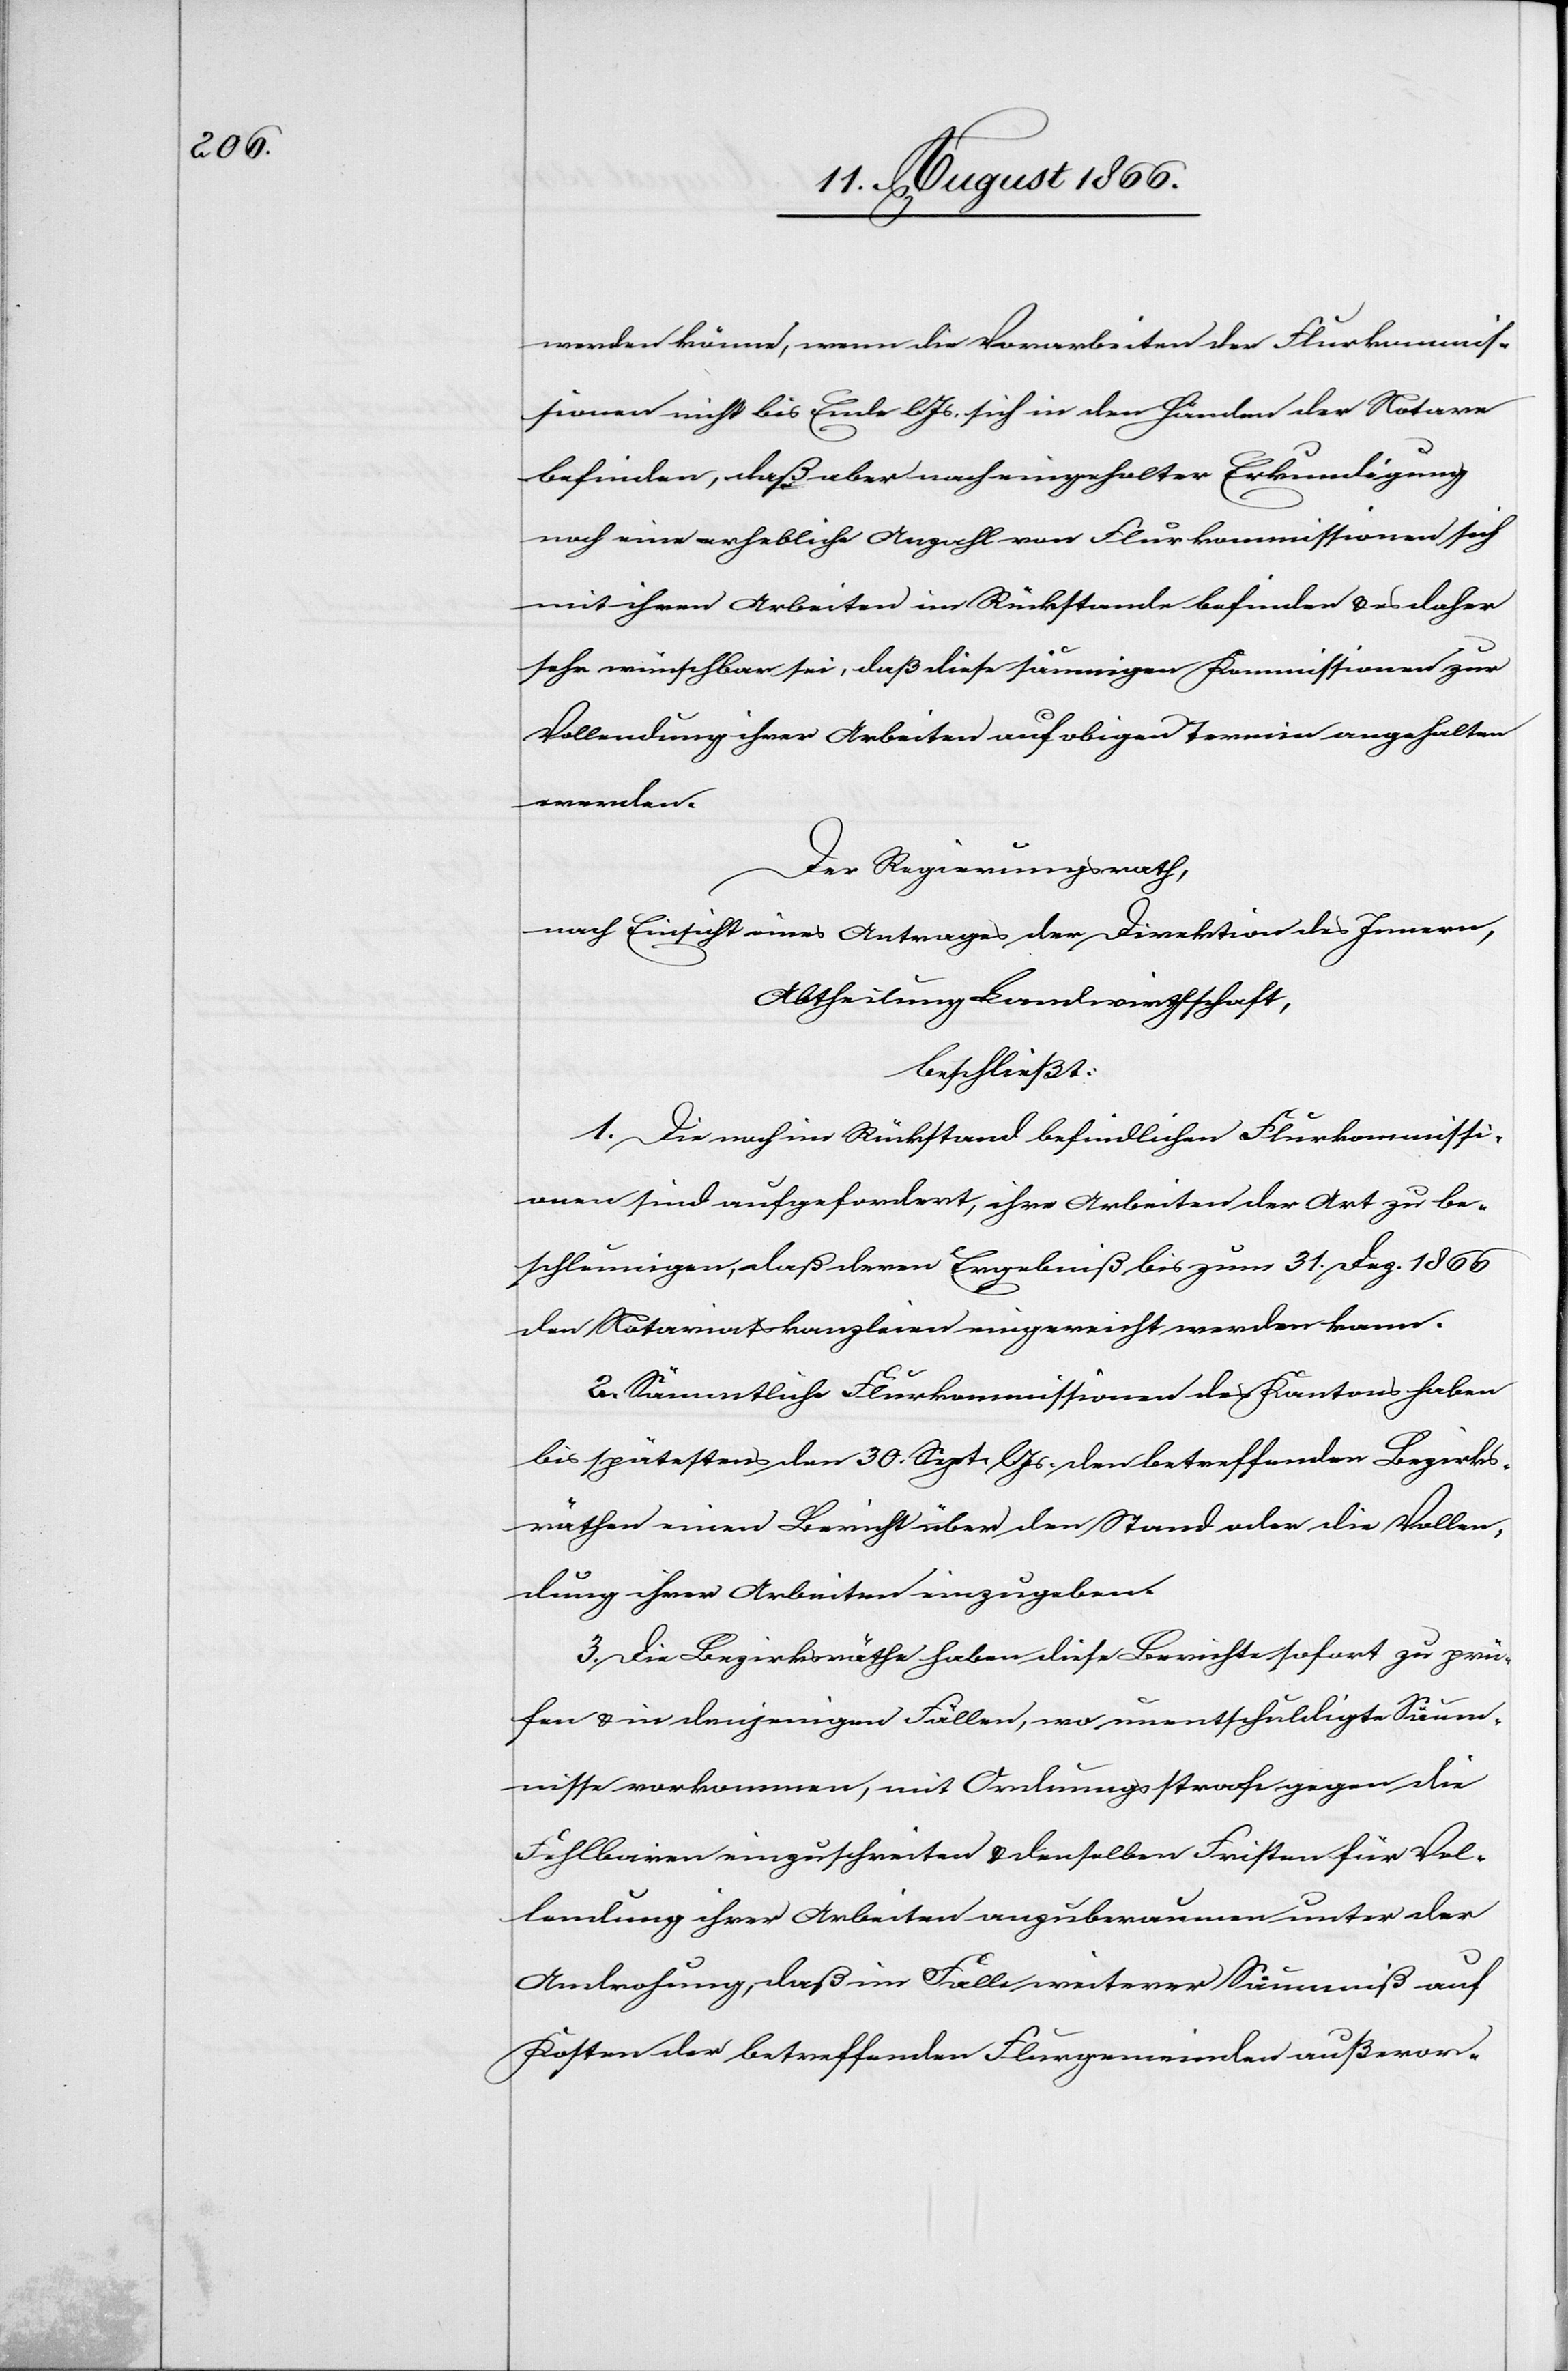
werden könne, wenn die Vorarbeiten der Flurkommis¬
sionen nicht bis Ende lJs. sich in den Händen der Notare
befinden, daß aber nach eingeholter Erkundigung
noch eine erhebliche Anzahl von Flurkommissionen sich
mit ihren Arbeiten im Rückstand befinden u. es daher
sehr wünschbar sei, daß diese säumigen Kommissionen zur
Vollendung ihrer Arbeiten auf obigen Termin angehalten
werden.
Der Regierungsrath,
nach Einsicht eines Antrages der Direktion des Innern,
Abtheilung Landwirthschaft,
beschließt:
1. Die noch im Rückstand befindlichen Flurkommissi¬
onen sind aufgefordert, ihre Arbeiten der Art zu be¬
schleunigen, daß deren Ergebniß bis zum 31. Dez 1866
den Notariatskanzleien eingereicht werden kann.
2. Sämmtliche Flurkommissionen des Kantons haben
bis spätestens den 30. Sept. lJs den betreffenden Bezirks¬
räthen einen Bericht über den Stand oder die Vollen¬
dung ihrer Arbeiten einzugeben.
3. Die Bezirksräthe haben diese Berichte sofort zu prü¬
fen u. in denjenigen Fällen, wo unentschuldigte Säum¬
nisse vorkommen, mit Ordnungsstrafe gegen die
Fehlbaren einzuschreiten u. denselben Fristen für Vol¬
lendung ihrer Arbeiten anzuberaumen unter der
Androhung, daß im Falle weiterer Säumniß auf
Kosten der betreffenden Flurgemeinden außeror-